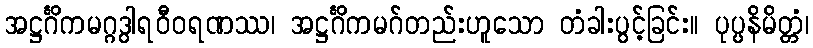
အဋ္ဌင်္ဂိကမဂ္ဂဒွါရဝီဝရဏဿ၊ အဋ္ဌင်္ဂိကမဂ်တည်းဟူသော တံခါးပွင့်ခြင်း။ ပုပ္ပနိမိတ္တံ၊